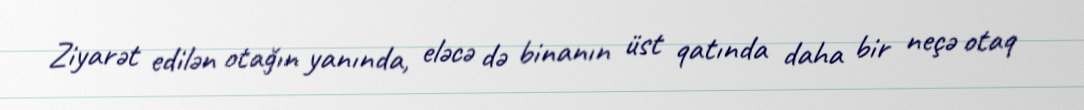
Ziyarət edilən otağın yanında, eləcə də binanın üst qatında daha bir neçə otaq